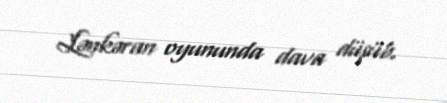
Lənkəran oyununda dava düşüb.